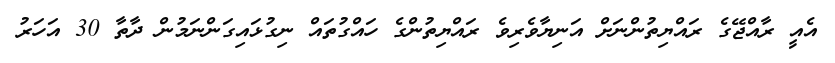
އެއީ ރާއްޖޭގެ ރައްޔިތުންނަށް އަނިޔާވެރިވެ ރައްޔިތުންގެ ހައްގުތައް ނިގުޅައިގަންނަމުން ދާތާ 30 އަހަރު